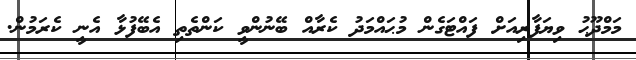
މަމްދޫޙު ވިޔަފާރިއަށް ފައްޓަގެން މުޙައްމަދު ކެރާއް ބޭނުންވީ ކަންތެތި އެބޭފުޅާ އެނީ ކެރަމުން.